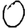
Digit: 0